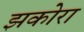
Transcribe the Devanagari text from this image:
झकोरा